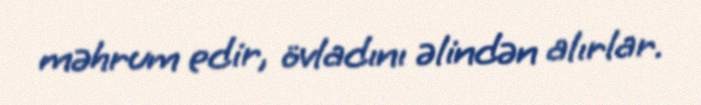
məhrum edir, övladını əlindən alırlar.